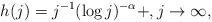
LaTeX: \begin{align*}h(j)= j^{-1}(\log j)^{-\alpha} + , j\to\infty,\end{align*}